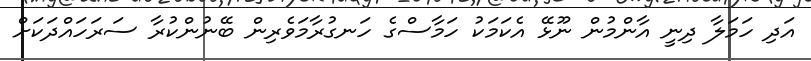
އަދި ހަމަލާ ދިނީ އާންމުން ނޫޅޭ އެކަމަކު ހަމާސްގެ ހަނގުރާމަވެރިން ބޭނުންކުރާ ސަރަހައްދަކަށް